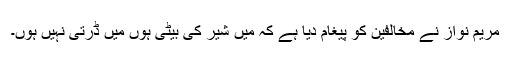
مریم نواز نے مخالفین کو پیغام دیا ہے کہ میں شیر کی بیٹی ہوں میں ڈرتی نہیں ہوں۔